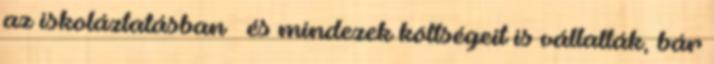
az iskoláztatásban – és mindezek költségeit is vállalták, bár